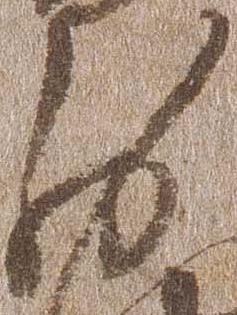
少